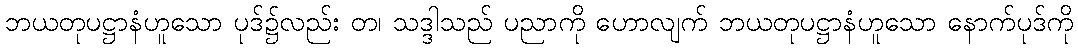
ဘယတုပဋ္ဌာနံဟူသော ပုဒ်၌လည်း တ၊ သဒ္ဒါသည် ပညာကို ဟောလျက် ဘယတုပဋ္ဌာနံဟူသော နောက်ပုဒ်ကို